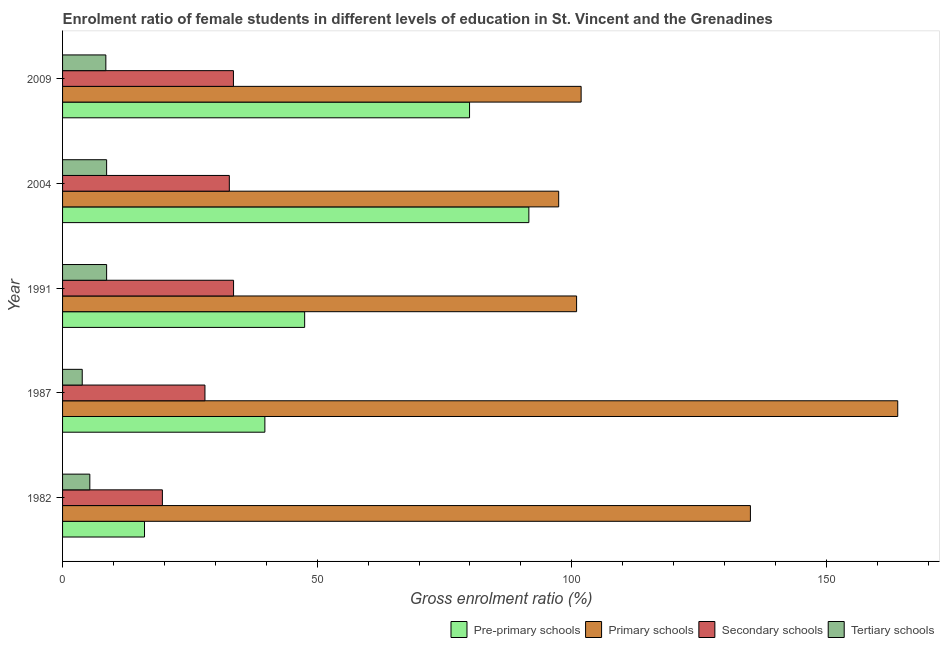
| Year | Pre-primary schools | Primary schools | Secondary schools | Tertiary schools |
 | --- | --- | --- | --- | --- |
 | 1982 | 16.1 | 135 | 19.6 | 5.35 |
 | 1987 | 39.7 | 164 | 28 | 3.86 |
 | 1991 | 47.5 | 101 | 33.6 | 8.65 |
 | 2004 | 91.6 | 97.4 | 32.7 | 8.65 |
 | 2009 | 79.9 | 102 | 33.6 | 8.5 |